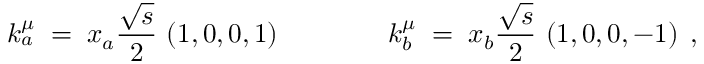
k _ { a } ^ { \mu } \; = \; x _ { a } \frac { \sqrt { s } } { 2 } \, \left( 1 , 0 , 0 , 1 \right) \; \; \; \; \; \; \; \; \; \; \; \; \; \; k _ { b } ^ { \mu } \; = \; x _ { b } \frac { \sqrt { s } } { 2 } \, \left( 1 , 0 , 0 , - 1 \right) \; ,